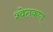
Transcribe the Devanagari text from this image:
श्वेतकण